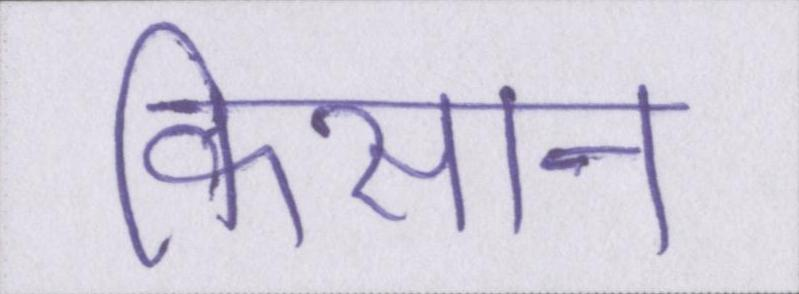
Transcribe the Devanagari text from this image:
किसान